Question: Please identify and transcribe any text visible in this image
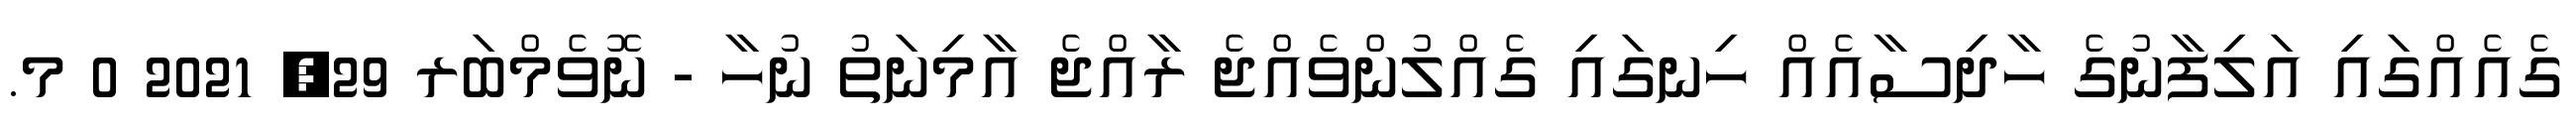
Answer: ގެއެއްގައި އަލިފާނުގެ ހާދިސާއެއް ހިނގައި ގެއްލުންވެއްޖެ ރާއްޖެ އާމިނަތު ނުހާ - ނޮވެމްބަރ 29, 2021 0 މ.